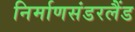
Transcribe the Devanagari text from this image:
निर्माणसंडरलैंड